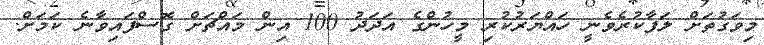
މިވަގުތަށް ލަފާކުރެވެނީ ހައްޔަރުކުރި މީހުންގެ އަދަދު 100 އިން މައްޗަށް ގޮސްފައިވާނެ ކަމަށް.